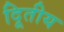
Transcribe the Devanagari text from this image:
दिूतीय